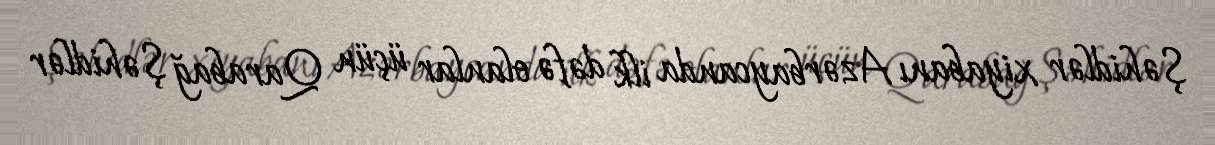
Şəhidlər xiyabanı Azərbaycanda ilk dəfə olanlar üçün Qarabağ Şəhidlər